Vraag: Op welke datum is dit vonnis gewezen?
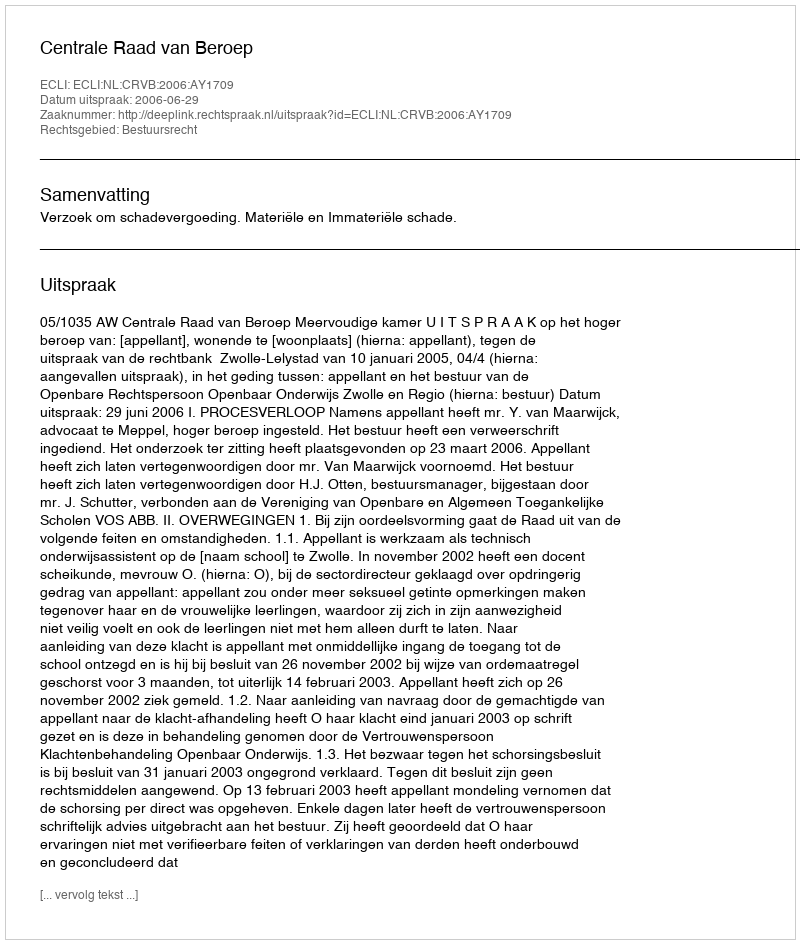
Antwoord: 2006-06-29